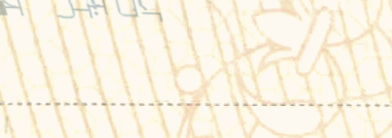
توصيل طلباتك من البيتزا و